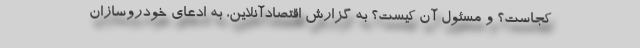
کجاست؟ و مسئول آن کیست؟ به گزارش اقتصادآنلاین، به ادعای خودروسازان